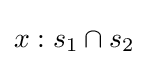
x:s_{1}\cap s_{2}